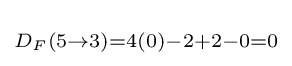
\scriptstyle D_{F}(5\rightarrow 3)=4(0)-2+2-0=0